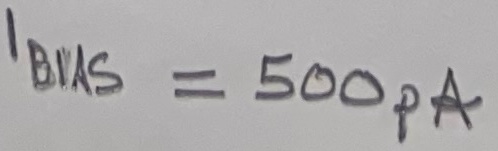
Text: IBIAS = 500pA